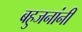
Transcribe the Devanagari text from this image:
बहुजनांनी